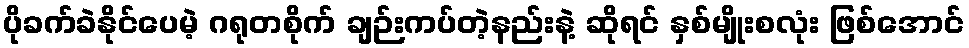
ပိုခက်ခဲနိုင်ပေမဲ့ ဂရုတစိုက် ချဉ်းကပ်တဲ့နည်းနဲ့ ဆိုရင် နှစ်မျိုးစလုံး ဖြစ်အောင်